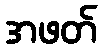
အဖတ်